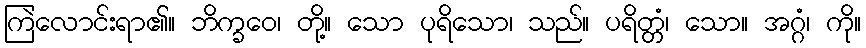
ကြဲလောင်းရာ၏။ ဘိက္ခဝေ၊ တို့။ သော ပုရိသော၊ သည်။ ပရိတ္တံ၊ သော။ အဂ္ဂံ၊ ကို။